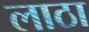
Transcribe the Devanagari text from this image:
लाठा